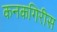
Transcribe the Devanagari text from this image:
कनकगिरीस